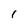
Character: 1